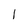
Character: 1